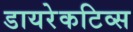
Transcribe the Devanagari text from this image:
डायरेकटिव्स